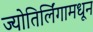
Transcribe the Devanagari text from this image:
ज्योतिर्लिंगामधून